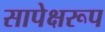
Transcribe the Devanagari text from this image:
सापेक्षरूप